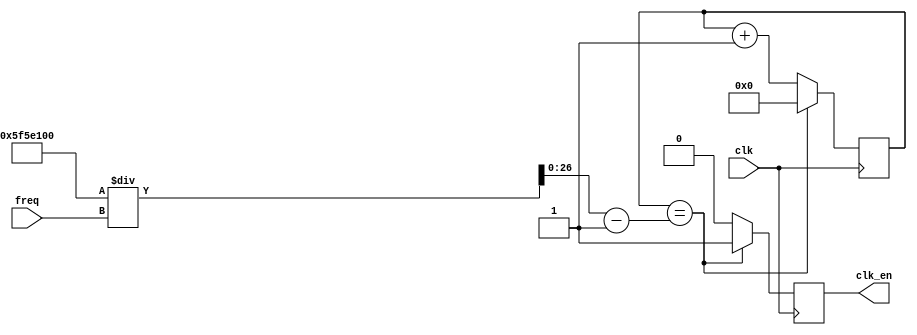
`timescale 1ns / 1ps
//////////////////////////////////////////////////////////////////////////////////
// Company: 
// Engineer: 
// 
// Design Name: 
// Module Name:    clock 
// Project Name: 
// Target Devices: 
// Tool versions: 
// Description: 
//
// Dependencies: 
//
// Revision: 
// Revision 0.01 - File Created
// Additional Comments: 
//
//////////////////////////////////////////////////////////////////////////////////
module clock(clk, freq, clk_en);

	input clk;
	input [31:0] freq;
	output clk_en;
	
	reg clk_temp;
	reg [26:0] counter;
	reg [26:0]	cycles;
	
	assign clk_en = clk_temp;
		
	initial begin
		counter = 0;
		cycles = (100000000 / freq) - 1;
	end
	
	always @ (posedge clk) begin
		
		counter <= counter + 1;
		if (counter == cycles) begin
			clk_temp <= 1;
			counter <= 0;
		end
		else
			clk_temp <= 0;
		
	end

endmodule